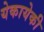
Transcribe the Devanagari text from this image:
येकायेकी